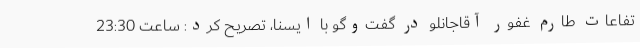
تفاعات طارم غفور آقاجانلو در گفت‌وگو با ایسنا، تصریح کرد: ساعت 23:30